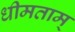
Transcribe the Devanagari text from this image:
धीमताम्